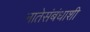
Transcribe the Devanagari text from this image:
नातेसंबंधाशी